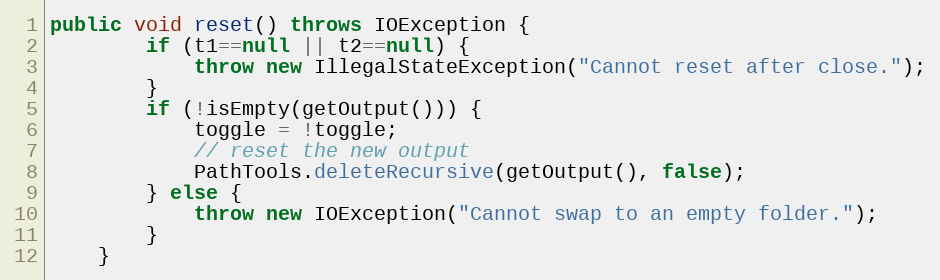
Language: Java
public void reset() throws IOException {
		if (t1==null || t2==null) {
			throw new IllegalStateException("Cannot reset after close.");
		}
		if (!isEmpty(getOutput())) {
			toggle = !toggle;
			// reset the new output
			PathTools.deleteRecursive(getOutput(), false);
		} else {
			throw new IOException("Cannot swap to an empty folder.");
		}
	}